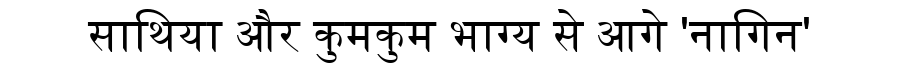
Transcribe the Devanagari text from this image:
साथिया और कुमकुम भाग्य से आगे 'नागिन'